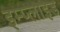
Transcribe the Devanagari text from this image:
इम्प्‍लाइड